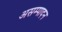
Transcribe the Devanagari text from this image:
असम्पादन